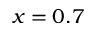
x = 0 . 7